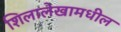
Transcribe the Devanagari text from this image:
शिलालेखामधील